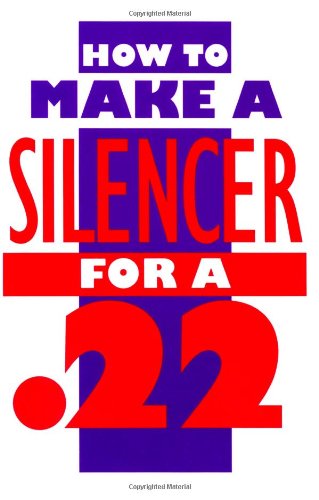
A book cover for How To Make A Silencer For A .22; Anonymous; Crafts, Hobbies & Home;